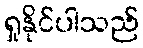
ရှုနိုင်ပါသည်